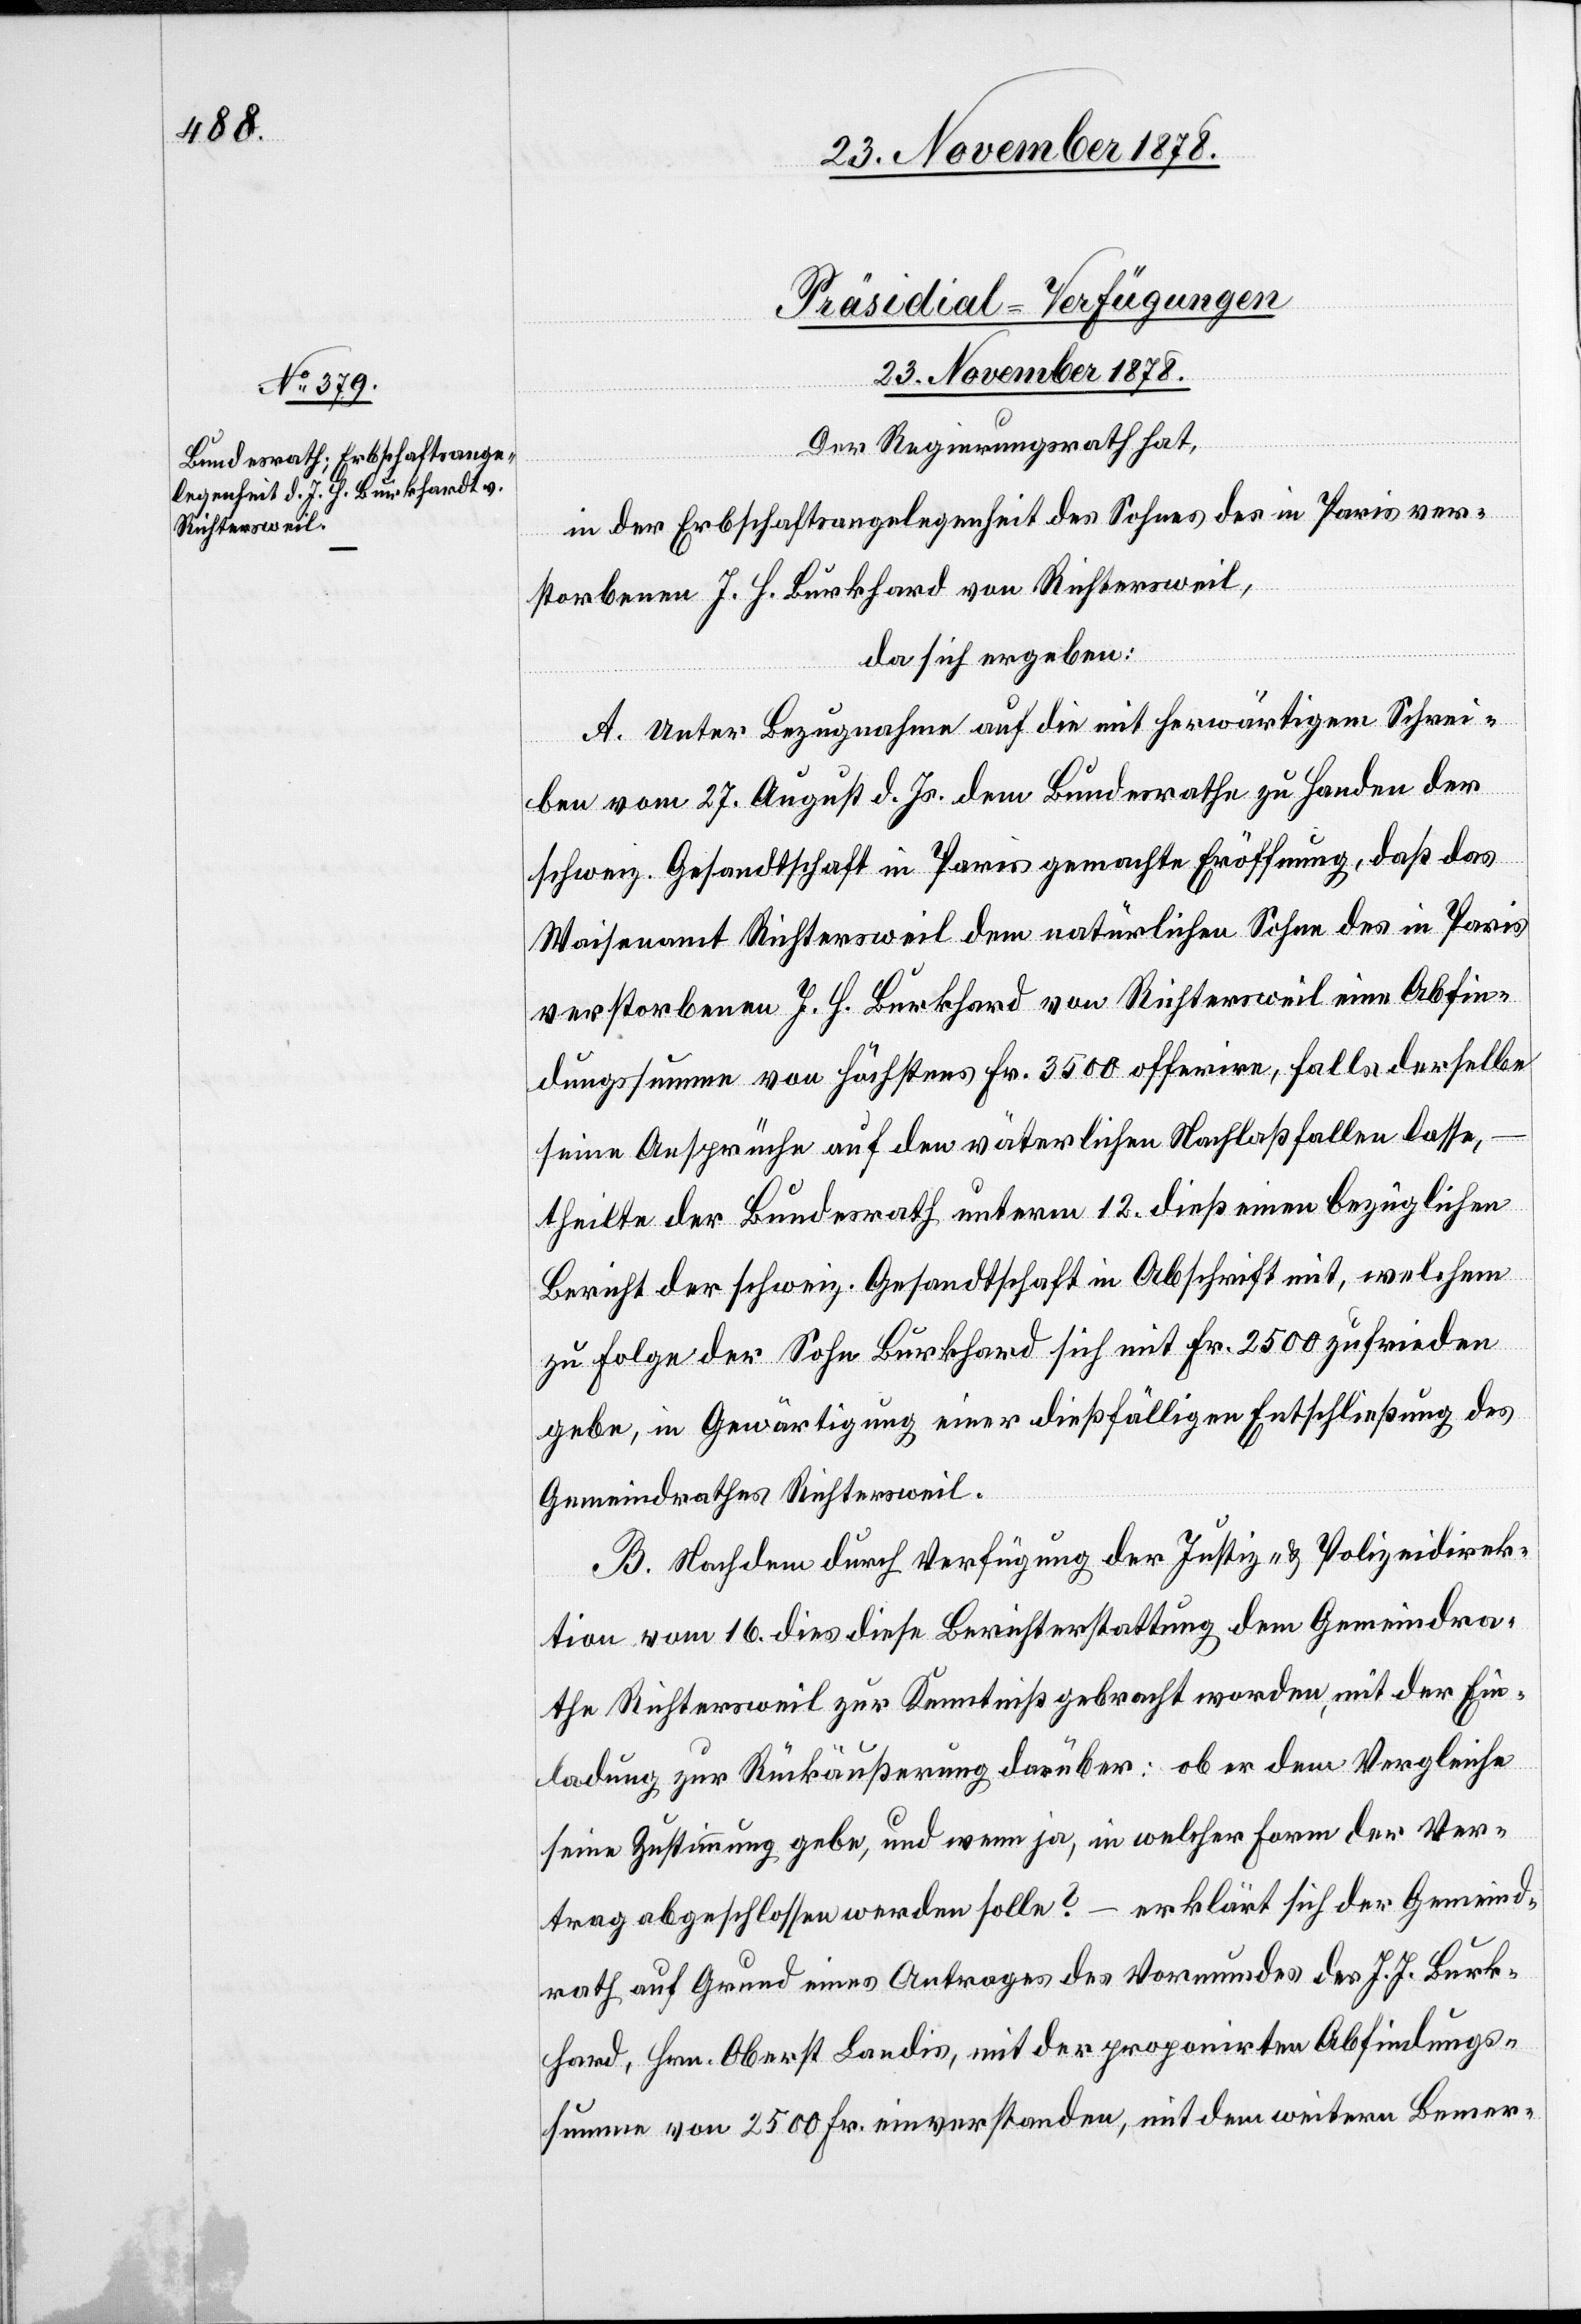
Präsidial-Verfügungen
23. November 1878.
Der Regierungsrath hat,
in der Erbschaftsangelegenheit des Sohnes des in Paris ver¬
storbenen J. H. Burkhard von Richtersweil,
da sich ergeben:
A. Unter Bezugnahme auf die mit herwärtigem Schrei¬
ben vom 27. August d. Js. dem Bundesrathe zu Handen der
schweiz. Gesandtschaft in Paris gemachten Eröffnung, daß das
Waisenamt Richtersweil dem natürlichen Sohne des in Paris
verstorbenen J. H. Burkhard von Richtersweil eine Abfin¬
dungssumme von höchstens Fr. 3500 offerire, falls derselbe
seine Ansprüche auf den väterlichen Nachlaß fallen lasse,
theilte der Bundesrath unterm 12. dieß einen bezüglichen
Bericht der schweiz. Gesandtschaft in Abschrift mit, welchem
zu Folge der Sohn Burkhard sich mit Fr. 2500 zufrieden
gebe, in Gewärtigung einer dießfälligen Entschließung des
Gemeindrathes Richtersweil.
B. Nachdem durch Verfügung der Justiz- & Polizeidirek¬
tion vom 16. dies diese Berichterstattung dem Gemeindra¬
the Richtersweil zur Kenntniß gebracht worden, mit der Ein¬
ladung zur Rückäusserung darüber: ob er dem Vergleiche
seine Zustimmung gebe, und wenn ja, in welcher Form der Ver¬
trag abgeschlossen werden solle? – erklärt sich der Gemeind¬
rath auf Grund eines Antrages des Vormundes des J. J. Burkhard
[sic!], Hrn. Oberst Landis, mit der proponirten Abfindungs¬
summe von 2500 Fr. einverstanden, mit den weitern Bemer-